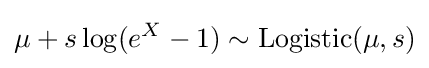
\mu +s\log(e^{X}-1)\sim \operatorname {Logistic} (\mu ,s)